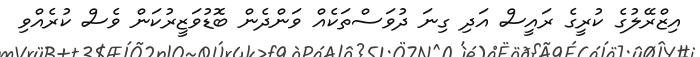
އިޒްރޭލުގެ ކުރީގެ ރައީސް އަދި ގިނަ ދުވަސްތަކެއް ވަންދެން ބޮޑުވަޒީރުކަން ވެސް ކުރެއްވި